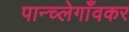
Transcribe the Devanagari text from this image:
पान्च्लेगाँवकर